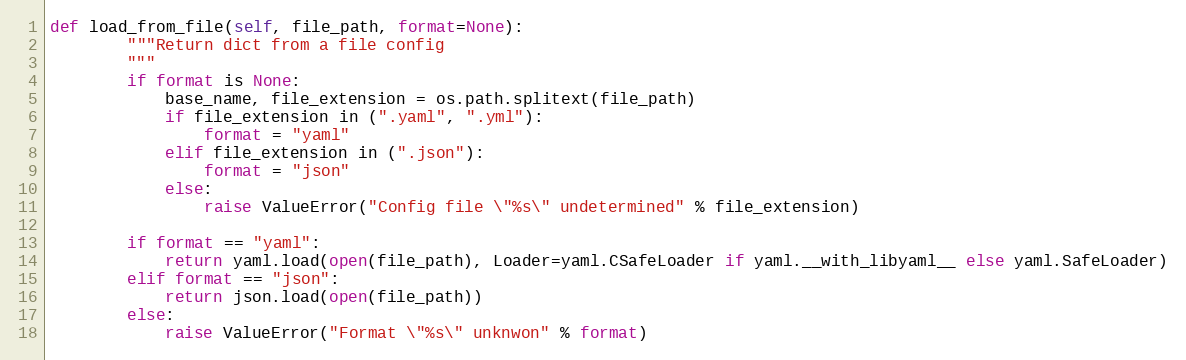
Language: Python
def load_from_file(self, file_path, format=None):
        """Return dict from a file config
        """
        if format is None:
            base_name, file_extension = os.path.splitext(file_path)
            if file_extension in (".yaml", ".yml"):
                format = "yaml"
            elif file_extension in (".json"):
                format = "json"
            else:
                raise ValueError("Config file \"%s\" undetermined" % file_extension)

        if format == "yaml":
            return yaml.load(open(file_path), Loader=yaml.CSafeLoader if yaml.__with_libyaml__ else yaml.SafeLoader)
        elif format == "json":
            return json.load(open(file_path))
        else:
            raise ValueError("Format \"%s\" unknwon" % format)